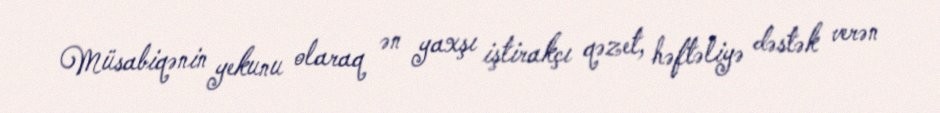
Müsabiqənin yekunu olaraq ən yaxşı iştirakçı qəzet, həftəliyə dəstək verən